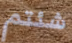
شئتم